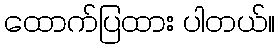
ထောက်ပြထား ပါတယ်။